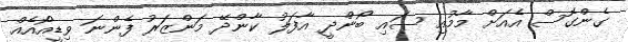
ގެންގޮސް އެއަށް މާމުއި ސައި ބޯންދީ އާފަލު ކާންދޭ މަންޒަރު ފެންނަ ވިޑީއޯއެއް